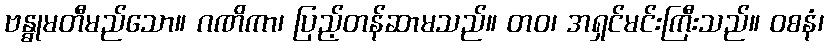
ဗန္ဓုမတီမည်သော။ ဂဏိကာ၊ ပြည့်တန်ဆာမသည်။ တဝ၊ အရှင်မင်းကြီးသည်။ ဝစနံ၊